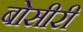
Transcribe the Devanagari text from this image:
बोसीरी